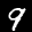
Label: 9